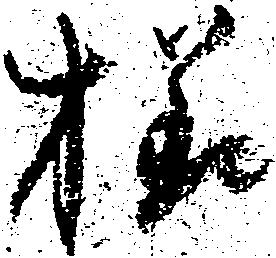
様